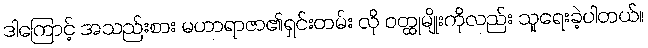
ဒါကြောင့် အသည်းစား မဟာရာဇာ၏ရှင်းတမ်း လို ဝတ္ထုမျိုးကိုလည်း သူရေးခဲ့ပါတယ်။